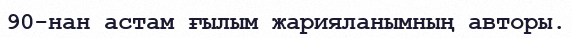
90-нан астам ғылым жарияланымның авторы.